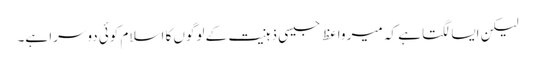
لیکن ایسا لگتا ہے کہ میر واعظ جیسی ذہنیت کے لوگوں کا اسلام کوئی دوسرا ہے۔